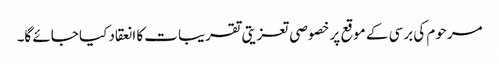
مرحوم کی برسی کے موقع پر خصوصی تعزیتی تقریبات کا انعقاد کیا جائے گا۔